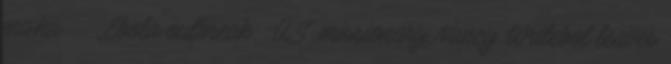
ma.hu ↑ „Ebola outbreak: U.S. missionary Nancy Writebol leaves